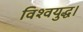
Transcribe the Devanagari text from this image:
विश्वयुद्ध।